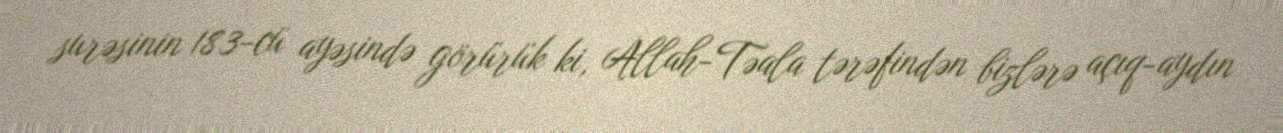
surəsinin 183-cü ayəsində görürük ki, Allah-Təala tərəfindən bizlərə açıq-aydın